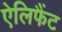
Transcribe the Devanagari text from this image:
ऐलिफैंट